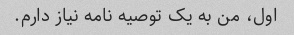
اول، من به یک توصیه نامه نیاز دارم.